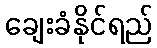
ချေးခံနိုင်ရည်